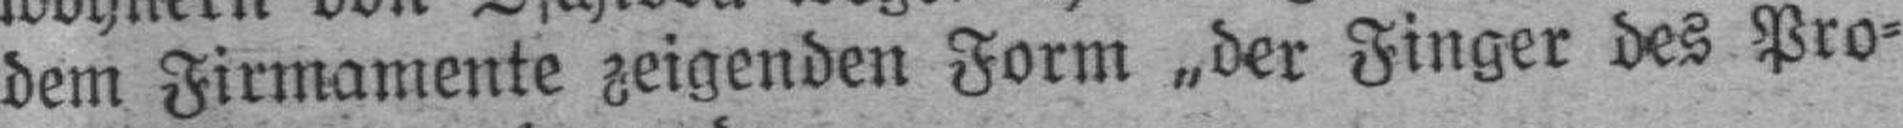
dem Firmamente zeigenden Form „der Finger des Pro¬